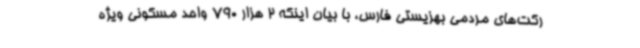
رکت‌های مردمی بهزیستی فارس، با بیان اینکه 2 هزار 790 واحد مسکونی ویژه